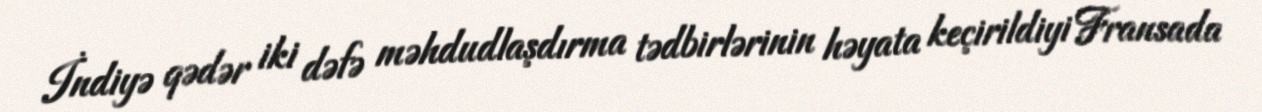
İndiyə qədər iki dəfə məhdudlaşdırma tədbirlərinin həyata keçirildiyi Fransada